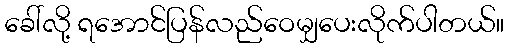
ခေါ်လို့ ရအောင်ပြန်လည်ဝေမျှပေးလိုက်ပါတယ်။